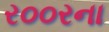
ર૦૦રના